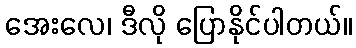
အေးလေ၊ ဒီလို ပြောနိုင်ပါတယ်။